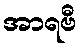
အာရဗီ